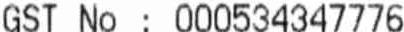
GST NO : 000534347776